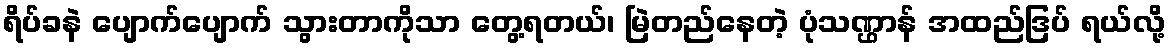
ရိပ်ခနဲ ပျောက်ပျောက် သွားတာကိုသာ တွေ့ရတယ်၊ မြဲတည်နေတဲ့ ပုံသဏ္ဌာန် အထည်ဒြပ် ရယ်လို့